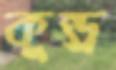
কুন্ড্র